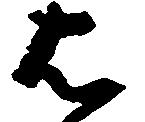
は